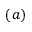
( a )